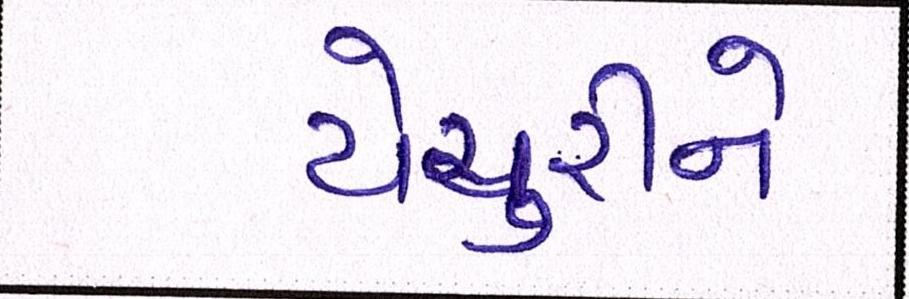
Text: યેચુરીને